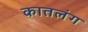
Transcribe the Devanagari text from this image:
कातलंग